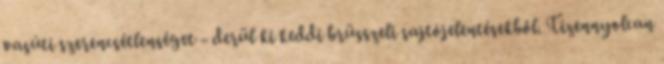
vasúti szerencsétlenséget - derül ki keddi brüsszeli sajtójelentésekből. Tizennyolcan